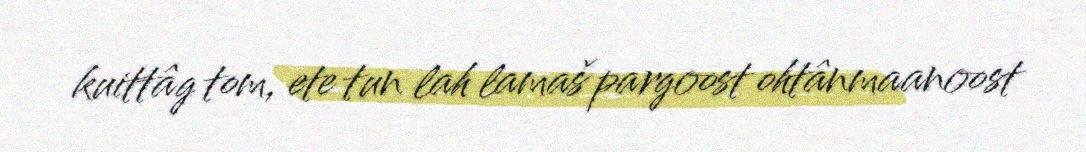
kuittâg tom, ete tun lah lamaš pargoost ohtânmaanoost